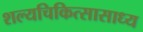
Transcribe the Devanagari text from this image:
शल्यचिकित्सासाध्य